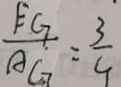
\frac { F G } { A G } = \frac { 3 } { 4 }